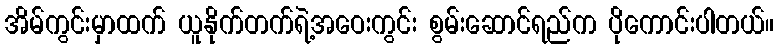
အိမ်ကွင်းမှာထက် ယူနိုက်တက်ရဲ့အဝေးကွင်း စွမ်းဆောင်ရည်က ပိုကောင်းပါတယ်။